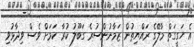
އެ ހަގީގަތް މާލޭގެ ރައްޔިތުން ޒަމާނުންސުރެ ގަބޫލު ކުރާ ކަމަށް ވެސް ވިދާޅުވި